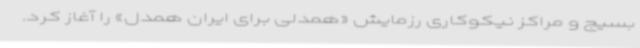
بسیج و مراکز نیکوکاری رزمایش «همدلی برای ایران همدل» را آغاز کرد.